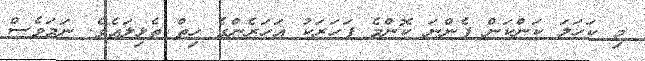
މި ކަހަލަ ކަންކަން ފެންނަ ކޮންމެ ފަހަރަކު އަހަރެންގެ ހިތް ތެޅިލައެވެ. ނަމަވެސް